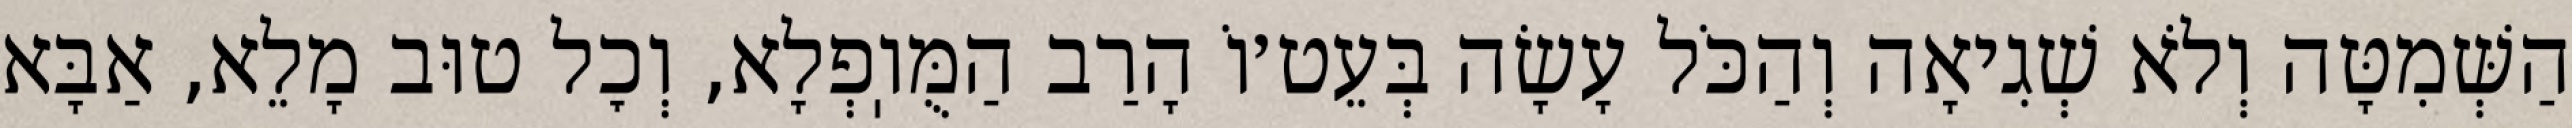
הַשְּׁמִטָּה וְלֹא שְׁגִיאָה וְהַכֹּל עָשָׂה בְּעֵט׳וֹ הָרַב הַמֻּוֽפְלָא, וְכׇל טוּב מָלֵא, אַבָּא